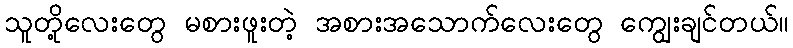
သူတို့လေးတွေ မစားဖူးတဲ့ အစားအသောက်လေးတွေ ကျွေးချင်တယ်။